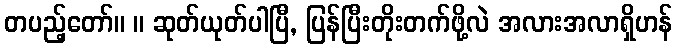
တပည့်တော်။ ။ ဆုတ်ယုတ်ပါပြီ, ပြန်ပြီးတိုးတက်ဖို့လဲ အလားအလာရှိဟန်